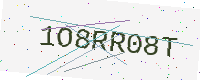
Text: 1O8RR08T